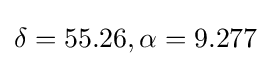
\delta =55.26,\alpha =9.277